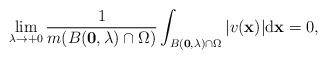
\begin{align*} \lim_{\lambda \to +0}\frac{1}{m(B(\mathbf 0,\lambda)\cap \Omega)}\int_{B(\mathbf 0,\lambda)\cap \Omega}\vert v(\mathbf x)\vert \mathrm d\mathbf x=0, \end{align*}